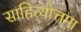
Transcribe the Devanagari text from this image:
साहित्योत्तमा